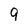
Character: 9